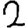
Digit: 2